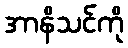
အာနိသင်ကို